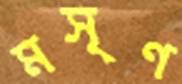
মসৃণ